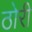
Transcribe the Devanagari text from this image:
ठोरी